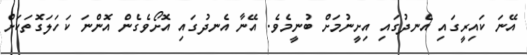
އޭނަ ކައިރީގައި އެނދުގައި އިށީނުމަށް ބުނީމެވެ. އޭނާ އެނދުގައި އޮށޯވެގެން އޮންނަ ކަހަލަގޮތަކަށް